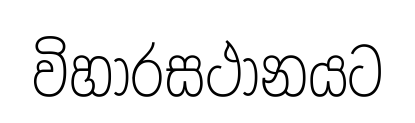
විහාරසථානයට